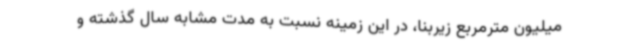
میلیون مترمربع زیربنا، در این زمینه نسبت به مدت مشابه سال گذشته و